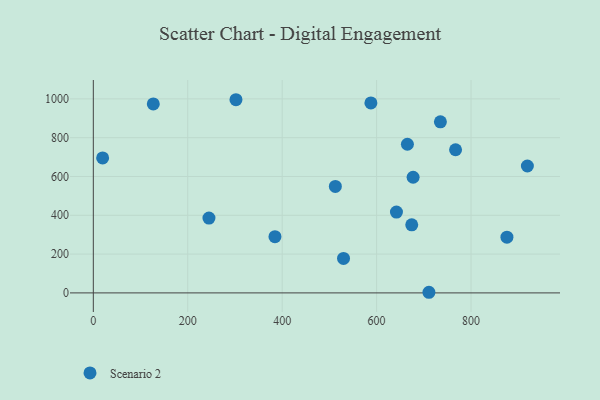
{"axis": {"x": "Price", "y": "Fuel Efficiency"}, "legend": ["Scenario 2"], "data": [{"x": "512.6", "y": 549.0, "type": "Scenario 2"}, {"x": "767.2", "y": 737.9, "type": "Scenario 2"}, {"x": "127.0", "y": 973.9, "type": "Scenario 2"}, {"x": "19.7", "y": 695.9, "type": "Scenario 2"}, {"x": "642.0", "y": 416.8, "type": "Scenario 2"}, {"x": "674.4", "y": 351.0, "type": "Scenario 2"}, {"x": "876.0", "y": 287.3, "type": "Scenario 2"}, {"x": "244.9", "y": 385.9, "type": "Scenario 2"}, {"x": "665.2", "y": 766.3, "type": "Scenario 2"}, {"x": "677.3", "y": 596.0, "type": "Scenario 2"}, {"x": "710.8", "y": 3.2, "type": "Scenario 2"}, {"x": "919.3", "y": 654.2, "type": "Scenario 2"}, {"x": "529.9", "y": 177.6, "type": "Scenario 2"}, {"x": "302.1", "y": 995.7, "type": "Scenario 2"}, {"x": "384.7", "y": 289.9, "type": "Scenario 2"}, {"x": "735.1", "y": 882.0, "type": "Scenario 2"}, {"x": "587.9", "y": 979.4, "type": "Scenario 2"}]}